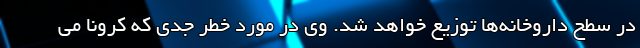
در سطح داروخانه‌ها توزیع خواهد شد. وی در مورد خطر جدی که کرونا می